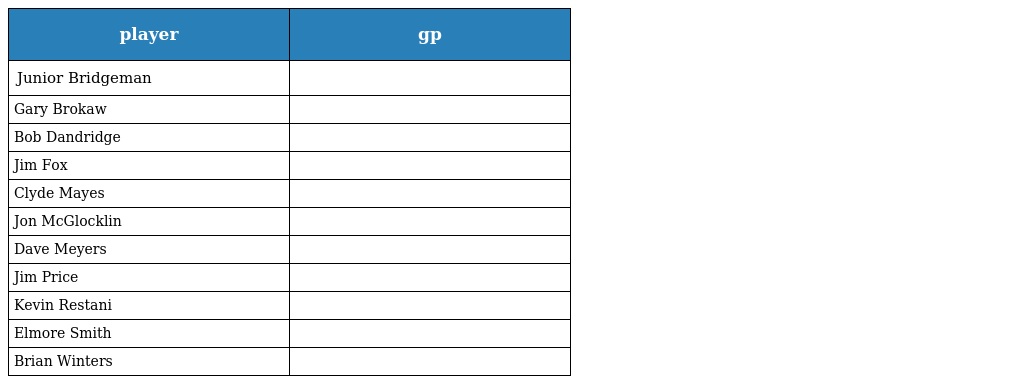
| player | gp |
 | --- | --- |
 | Junior Bridgeman |  |
 | Gary Brokaw |  |
 | Bob Dandridge |  |
 | Jim Fox |  |
 | Clyde Mayes |  |
 | Jon McGlocklin |  |
 | Dave Meyers |  |
 | Jim Price |  |
 | Kevin Restani |  |
 | Elmore Smith |  |
 | Brian Winters |  |